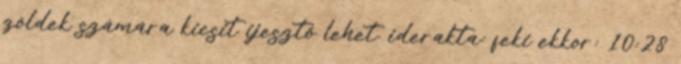
zöldek számára kicsit ijesztő lehet. iderakta: feki ekkor: 10:28